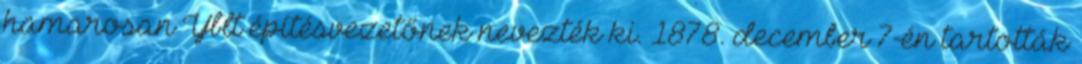
hamarosan Yblt építésvezetőnek nevezték ki. 1878. december 7-én tartották